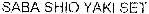
SABA SHIO YAKI SEY